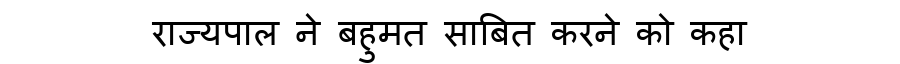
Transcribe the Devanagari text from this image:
राज्यपाल ने बहुमत साबित करने को कहा